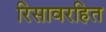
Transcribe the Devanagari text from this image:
रिसावरहित